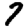
Digit: 7